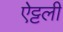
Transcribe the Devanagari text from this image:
ऐट्टली